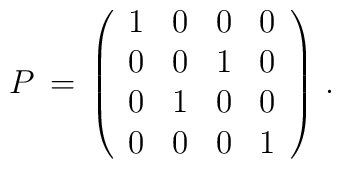
P\,=\,\left(\begin{array}{cccc}1 & 0 & 0 & 0 \\0 & 0 & 1 & 0 \\0 & 1 & 0 & 0 \\0 & 0 & 0 & 1\end{array}\right)\,.